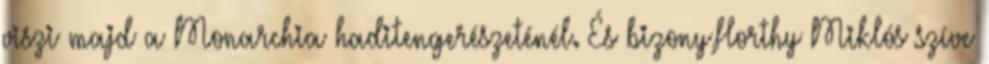
viszi majd a Monarchia haditengerészeténél. És bizony,Horthy Miklós szíve